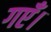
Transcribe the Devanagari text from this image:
गएँ।